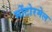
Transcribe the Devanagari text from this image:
मोंटोरमेल